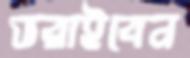
ভরাইবেন